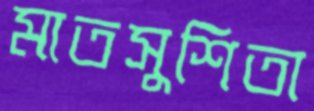
মাতসুশিতা